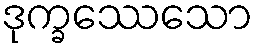
ဒုက္ခဿေသော